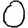
Digit: 0